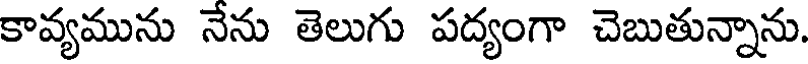
కావ్యమును నేను తెలుగు పద్యంగా చెబుతున్నాను.